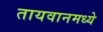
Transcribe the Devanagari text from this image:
तायवानमध्ये